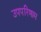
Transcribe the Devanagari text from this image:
उपपरिणाम